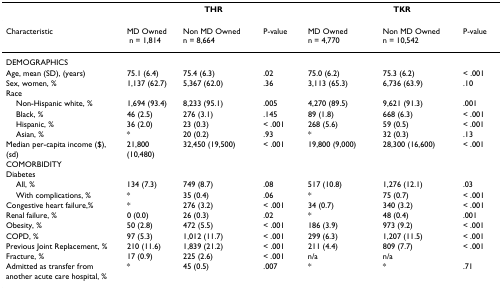
<table><thead><tr><td></td><td colspan="3"><b>THR</b></td><td colspan="3"><b>TKR</b></td></tr></thead><tbody><tr><td>Characteristic</td><td>MD Owned n = 1,814</td><td>Non MD Owned n = 8,664</td><td>P-value</td><td>MD Owned n = 4,770</td><td>Non MD Owned n = 10,542</td><td>P-value</td></tr><tr><td>DEMOGRAPHICS</td><td></td><td></td><td></td><td></td><td></td><td></td></tr><tr><td>Age, mean (SD), (years)</td><td>75.1 (6.4)</td><td>75.4 (6.3)</td><td>.02</td><td>75.0 (6.2)</td><td>75.3 (6.2)</td><td>&lt; .001</td></tr><tr><td>Sex, women, %</td><td>1,137 (62.7)</td><td>5,367 (62.0)</td><td>.36</td><td>3,113 (65.3)</td><td>6,736 (63.9)</td><td>.10</td></tr><tr><td>Race</td><td></td><td></td><td></td><td></td><td></td><td></td></tr><tr><td> Non-Hispanic white, %</td><td>1,694 (93.4)</td><td>8,233 (95.1)</td><td>.005</td><td>4,270 (89.5)</td><td>9,621 (91.3)</td><td>.001</td></tr><tr><td> Black, %</td><td>46 (2.5)</td><td>276 (3.1)</td><td>.145</td><td>89 (1.8)</td><td>668 (6.3)</td><td>&lt; .001</td></tr><tr><td> Hispanic, %</td><td>36 (2.0)</td><td>23 (0.3)</td><td>&lt; .001</td><td>268 (5.6)</td><td>59 (0.5)</td><td>&lt; .001</td></tr><tr><td> Asian, %</td><td>*</td><td>20 (0.2)</td><td>.93</td><td>*</td><td>32 (0.3)</td><td>.13</td></tr><tr><td>Median per-capita income ($), (sd)</td><td>21,800 (10,480)</td><td>32,450 (19,500)</td><td>&lt; .001</td><td>19,800 (9,000)</td><td>28,300 (16,600)</td><td>&lt; .001</td></tr><tr><td>COMORBIDITY</td><td></td><td></td><td></td><td></td><td></td><td></td></tr><tr><td>Diabetes</td><td></td><td></td><td></td><td></td><td></td><td></td></tr><tr><td> All, %</td><td>134 (7.3)</td><td>749 (8.7)</td><td>.08</td><td>517 (10.8)</td><td>1,276 (12.1)</td><td>.03</td></tr><tr><td> With complications, %</td><td>*</td><td>35 (0.4)</td><td>.06</td><td>*</td><td>75 (0.7)</td><td>&lt; .001</td></tr><tr><td>Congestive heart failure,%</td><td>*</td><td>276 (3.2)</td><td>&lt; .001</td><td>34 (0.7)</td><td>340 (3.2)</td><td>&lt; .001</td></tr><tr><td>Renal failure, %</td><td>0 (0.0)</td><td>26 (0.3)</td><td>.02</td><td>*</td><td>48 (0.4)</td><td>.001</td></tr><tr><td>Obesity, %</td><td>50 (2.8)</td><td>472 (5.5)</td><td>&lt; .001</td><td>186 (3.9)</td><td>973 (9.2)</td><td>&lt; .001</td></tr><tr><td>COPD, %</td><td>97 (5.3)</td><td>1,012 (11.7)</td><td>&lt; .001</td><td>299 (6.3)</td><td>1,207 (11.5)</td><td>&lt; .001</td></tr><tr><td>Previous Joint Replacement, %</td><td>210 (11.6)</td><td>1,839 (21.2)</td><td>&lt; .001</td><td>211 (4.4)</td><td>809 (7.7)</td><td>&lt; .001</td></tr><tr><td>Fracture, %</td><td>17 (0.9)</td><td>225 (2.6)</td><td>&lt; .001</td><td>n/a</td><td>n/a</td><td></td></tr><tr><td>Admitted as transfer from another acute care hospital, %</td><td>*</td><td>45 (0.5)</td><td>.007</td><td>*</td><td>*</td><td>.71</td></tr></tbody></table>